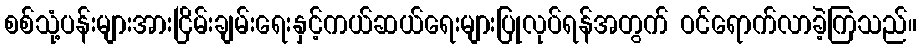
စစ်သုံ့ပန်းများအားငြိမ်းချမ်းရေးနှင့်ကယ်ဆယ်ရေးများပြုလုပ်ရန်အတွက် ဝင်ရောက်လာခဲ့ကြသည်။